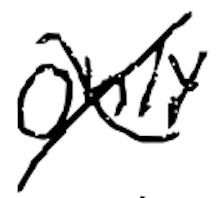
Text: only
Cross-out: cross
Writing tool: digital_black